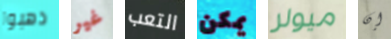
ذهبوا غير التعب يمكن ميولر إن